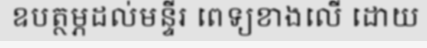
ឧបត្ថម្ភដល់មន្ទីរ ពេទ្យខាងលើ ដោយ